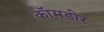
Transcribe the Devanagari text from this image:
कॉमडोर